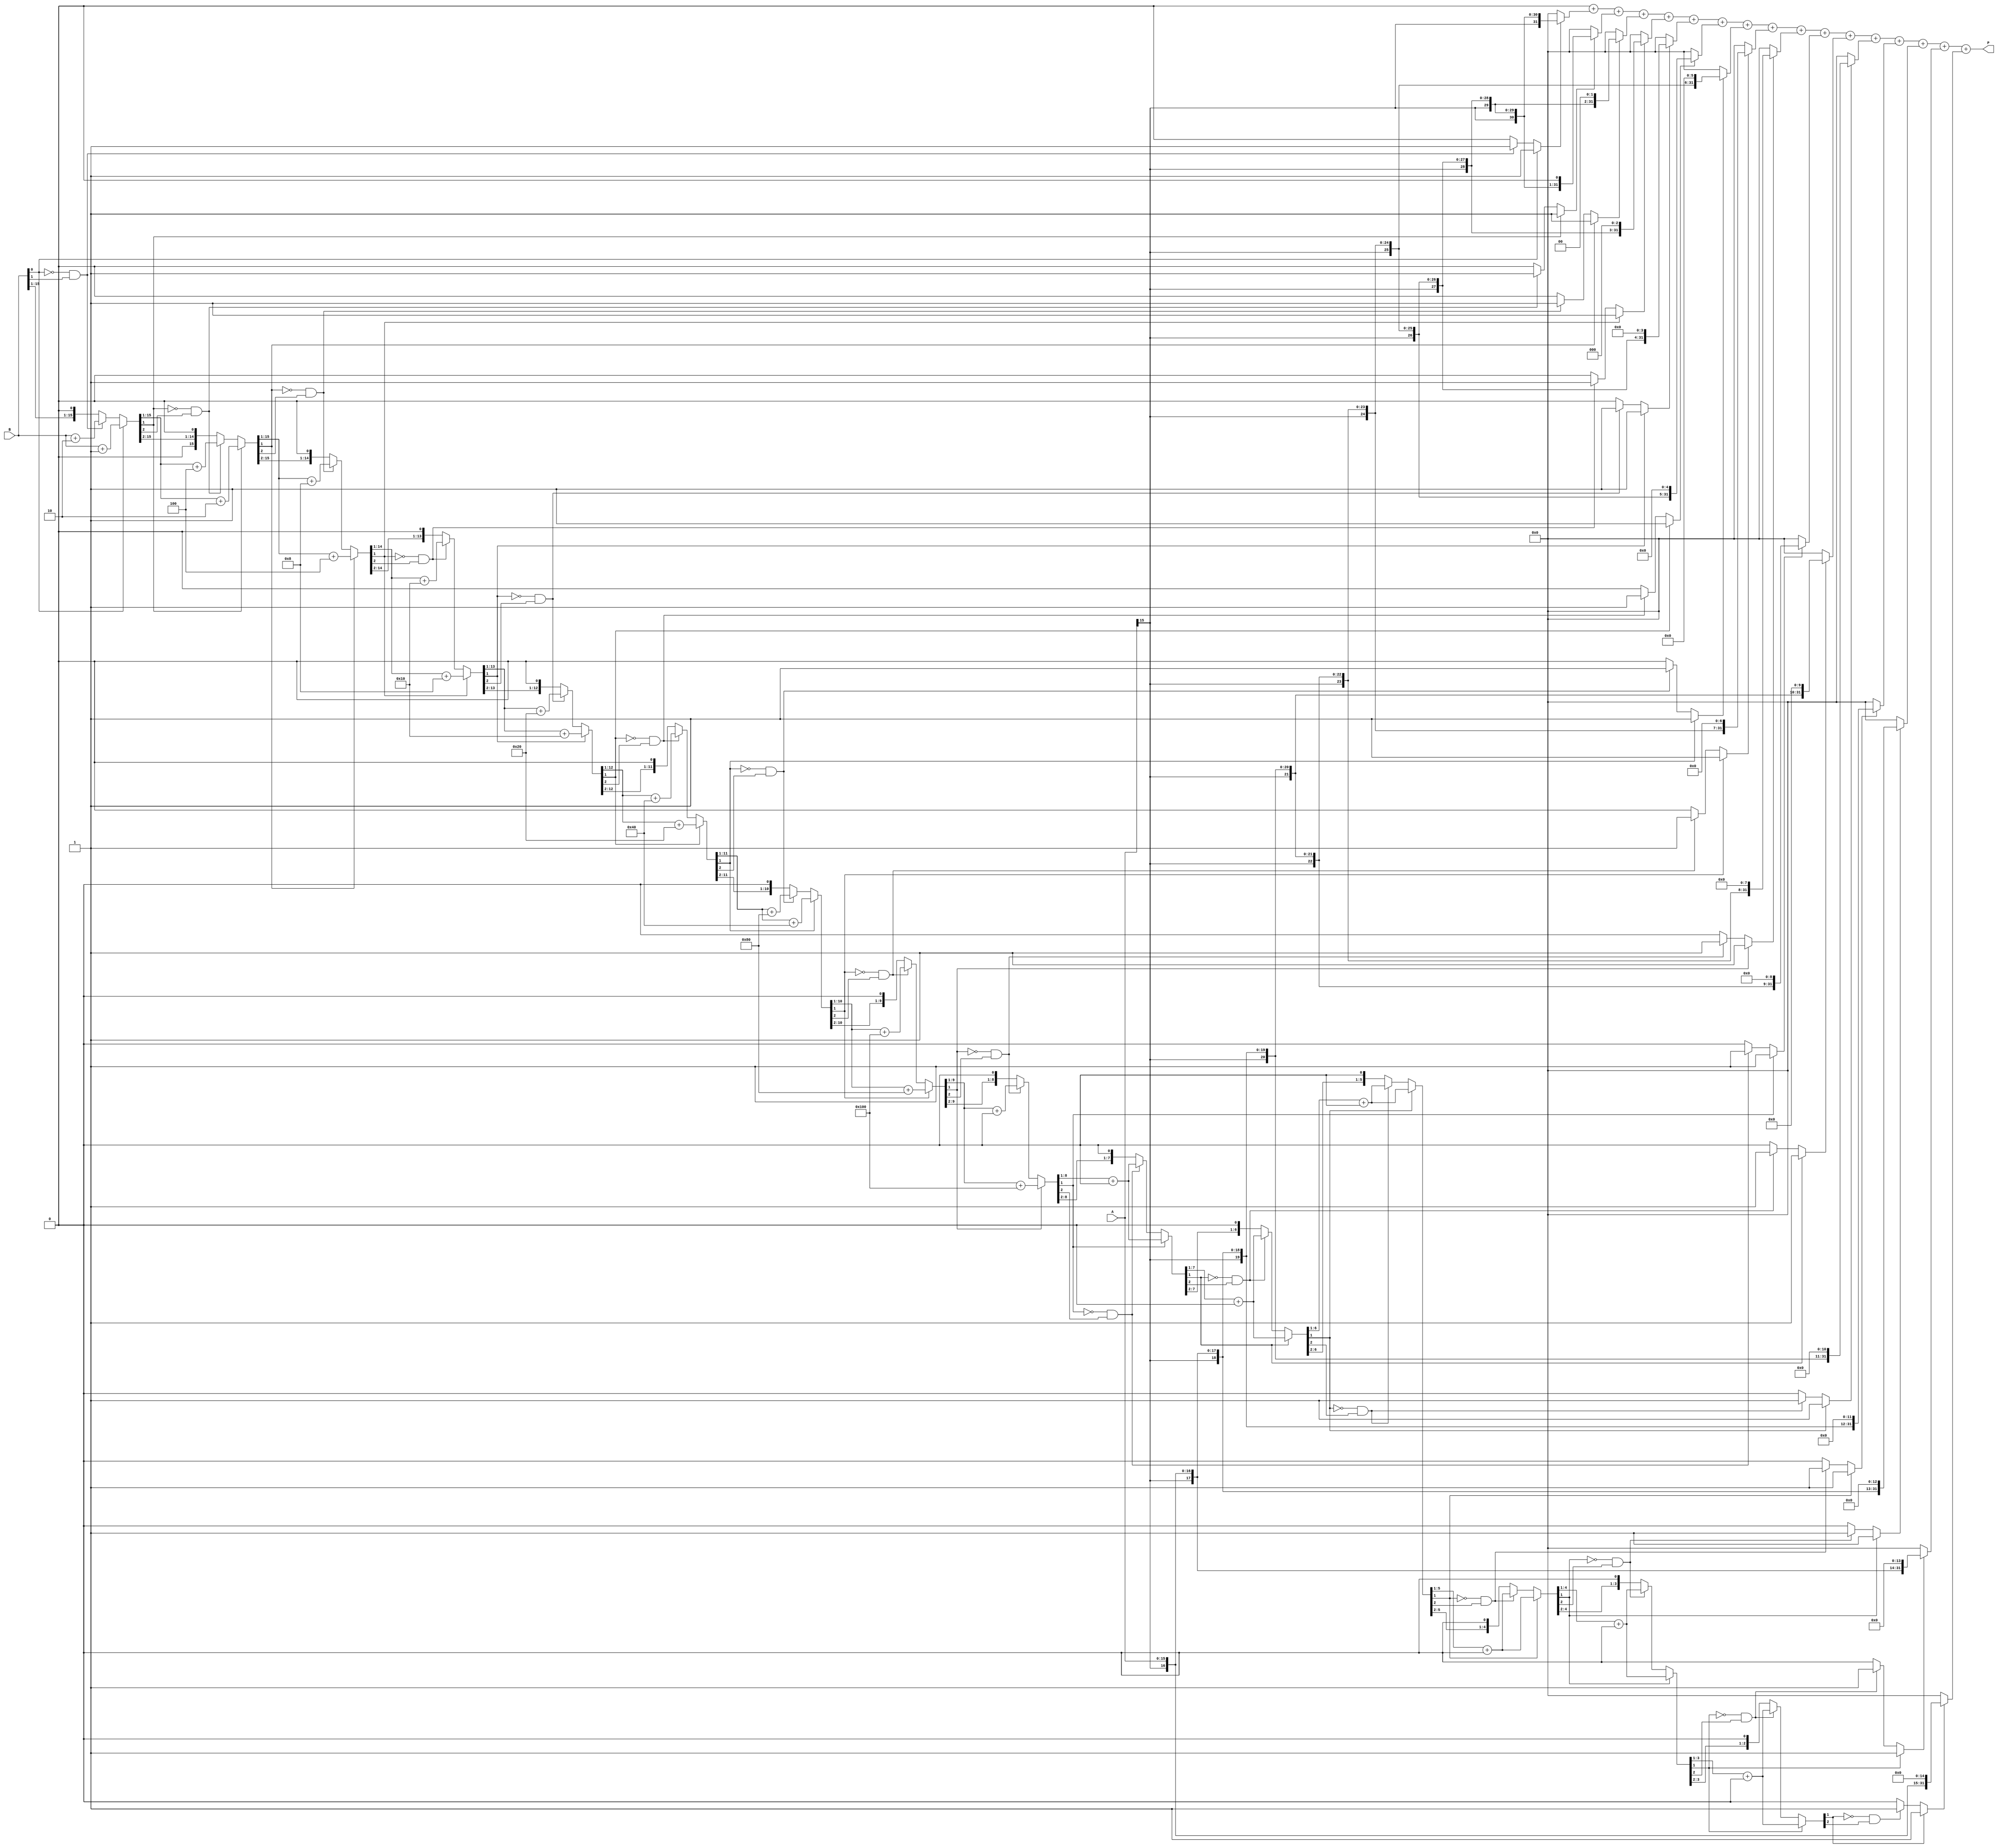
module csd_multiplier (
    input signed [15:0] A, // 16-bit signed input A
    input signed [15:0] B, // 16-bit signed input B
    output reg signed [31:0] P // 32-bit signed output product
);

    // CSD Conversion Module
    function automatic [15:0] to_csd;
        input signed [15:0] bin;
        integer i;
        reg [15:0] csd;
        reg [15:0] temp;
        begin
            csd = 0;
            temp = bin;
            for (i = 0; i < 16; i = i + 1) begin
                if (temp[0] == 1) begin
                    csd[i] = 1; // CSD digit 1
                    temp = temp + (1 << i); // Adjust for carry
                end else if (temp[0] == 0 && temp[1] == 1) begin
                    csd[i] = -1; // CSD digit -1
                    temp = temp + (1 << (i + 1)); // Adjust for carry
                end
                temp = temp >> 1; // Shift right
            end
            to_csd = csd;
        end
    endfunction

    // Partial Product Generation
    reg signed [15:0] csd_B;
    reg signed [31:0] partial_product [0:15];
    integer j;

    always @(*) begin
        csd_B = to_csd(B); // Convert B to CSD
        P = 0; // Initialize product
        for (j = 0; j < 16; j = j + 1) begin
            if (csd_B[j] == 1) begin
                partial_product[j] = A << j; // A shifted left by j
            end else if (csd_B[j] == -1) begin
                partial_product[j] = -A << j; // -A shifted left by j
            end else begin
                partial_product[j] = 0; // No contribution
            end
        end
        // Accumulate partial products
        for (j = 0; j < 16; j = j + 1) begin
            P = P + partial_product[j];
        end
    end

endmodule